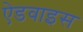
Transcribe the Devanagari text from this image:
ऐडवाइस